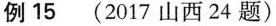
例 15 (2017 山西 24 题)